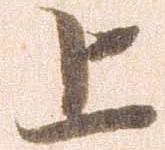
上